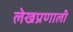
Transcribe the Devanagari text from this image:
लेखप्रणाली